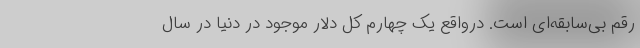
رقم بی‌سابقه‌ای است. درواقع یک چهارم کل دلار موجود در دنیا در سال